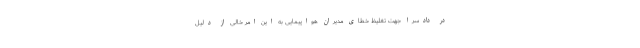
در دادسرا جهت تغلیظ خطای مدیران هواپیمایی به این امر خالی از دلیل